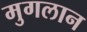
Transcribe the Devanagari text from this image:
मुगलान